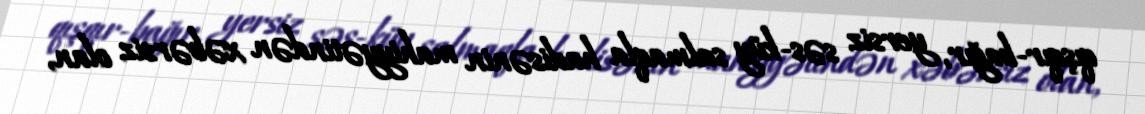
qışqır-bağır, yersiz səs-küy salmaqla hadisənin mahiyyətindən xəbərsiz olan,